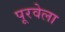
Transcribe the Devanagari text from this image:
पूरवेला